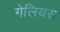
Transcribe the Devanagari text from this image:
गेलियस